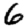
Digit: 6